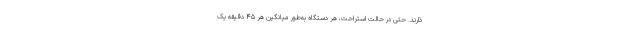
ذارند. حتی در حالت استراحت، هر دستگاه به‌طور میانگین هر ۴۵ دقیقه یک